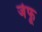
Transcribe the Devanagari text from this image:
जेफू